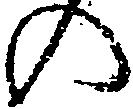
の